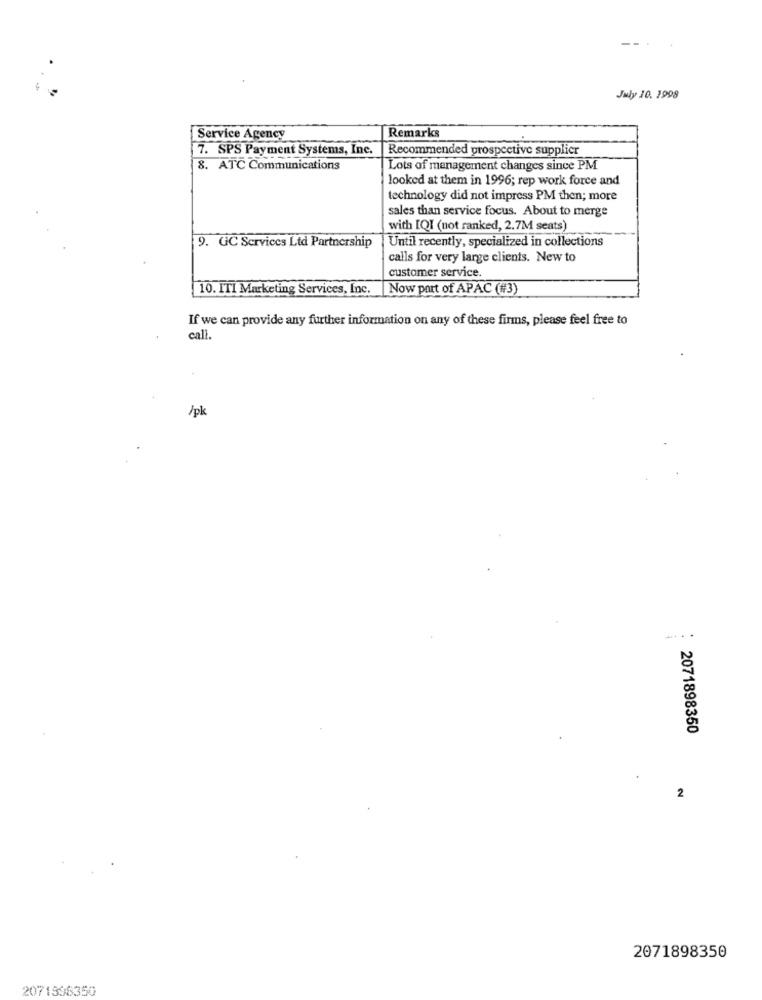
July 10. 1998
Service Agency
Remarks
7. SPS Payment Systems, Inc.
Recommended prospective supplier
8. ATC Communications
Lots of management changes since PM
looked at them in 1996; rep work force and
technology did not impress PM then; more
sales than service focus. About to merge
with [QI (not ranked, 2.7M seats)
9. GC Services Ltd Partnership
Until recently, specialized in collections
calls for very large clients. New to
customer service.
10. ITI Marketing Services, Inc.
Now part of APAC (#3)
If we can provide any further information on any of these firms, please feel free to
call.
/pk
-....
2071898350
2
2071898350
2071998350